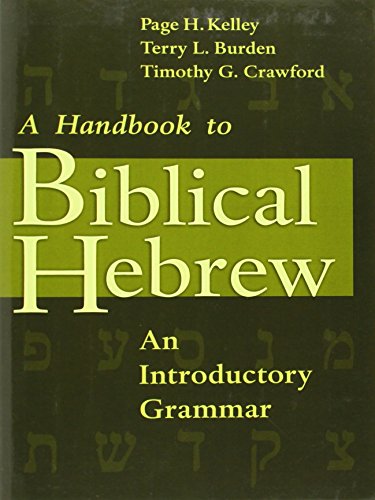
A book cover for A Handbook to Biblical Hebrew: An Introductory Grammar; Page H. Kelley; Christian Books & Bibles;